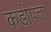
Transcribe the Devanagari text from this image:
कडीपत्ता